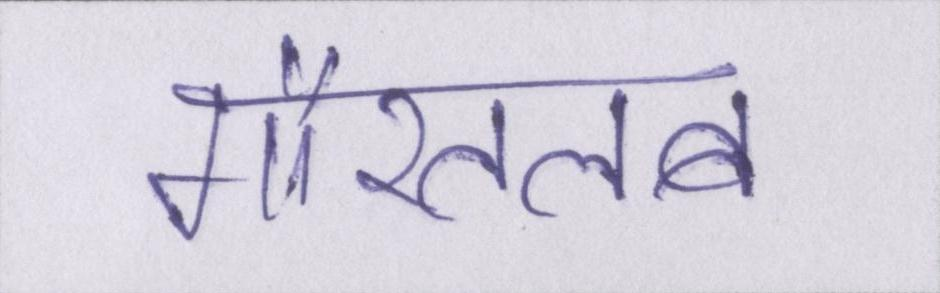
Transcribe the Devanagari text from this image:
गौरतलब